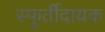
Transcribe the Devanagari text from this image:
स्फुर्तीदायक